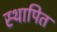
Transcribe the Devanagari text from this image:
स्थापित